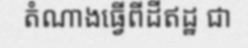
តំណាងធ្វើពីដីឥដ្ឋ ជា